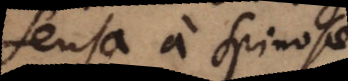
sensa a Spinosae